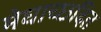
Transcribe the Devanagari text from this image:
मेघाच्छदित